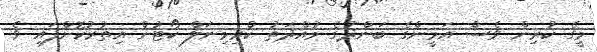
މީގެ ކުރިން ވެސް އަމީންގެ ބަންދުގެ މުއްދަތު ކްރިމިނަލް ކޯޓުން އިތުރުކޮށްފައި ވެ